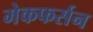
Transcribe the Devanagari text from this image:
मेकफर्सन